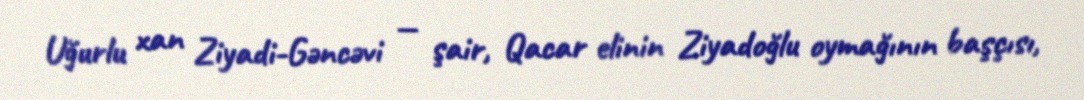
Uğurlu xan Ziyadi-Gəncəvi — şair, Qacar elinin Ziyadoğlu oymağının başçısı,